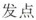
发点